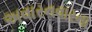
અવારનવારના